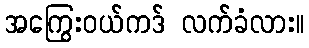
အကြွေးဝယ်ကဒ် လက်ခံလား။